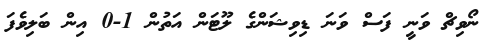
ނޯވިޗް ވަނީ ފަސް ވަނަ ޑިވިޝަންގެ ލޫޓަން އަތުން 1-0 އިން ބަލިވެފަ